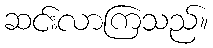
ဆင်းလာကြသည်။